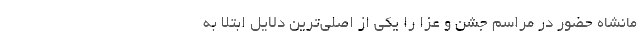
مانشاه حضور در مراسم‌ جشن و عزا را یکی از اصلی‌ترین دلایل ابتلا به